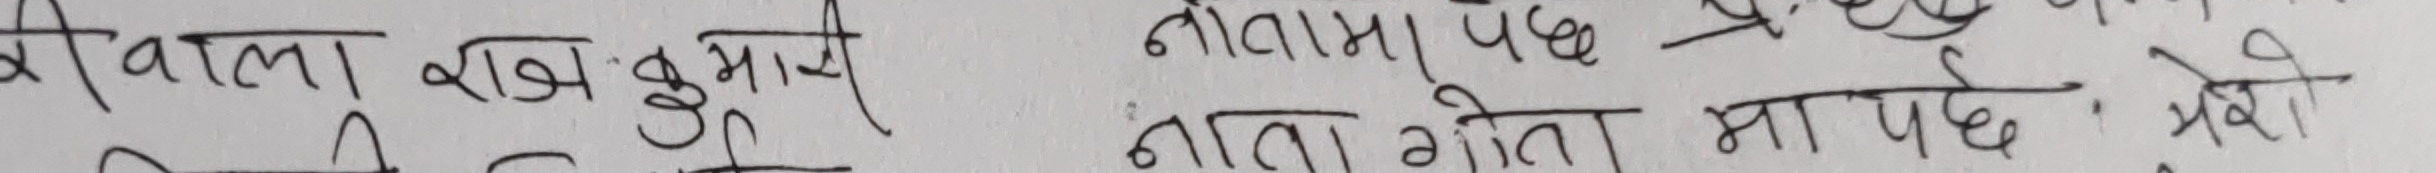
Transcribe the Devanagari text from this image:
श्रीवाला राजकुमारी नातामा पछे
नाता गेता मा पछे : भेवी